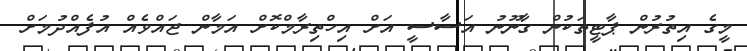
މީގެ އިތުުރުން ޕާޓީތަކުން ގާނޫނު އަސާސީ އަށް އިހްތިރާމްކޮށް އަމާން ޖައްވެއް އުފެއްދުމަށް